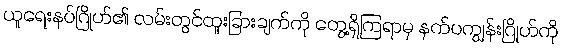
ယူရေးနပ်ဂြိုဟ်၏ လမ်းတွင်ထူးခြားချက်ကို တွေ့ရှိကြရာမှ နက်ပကျွန်းဂြိုဟ်ကို